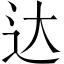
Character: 达